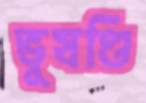
ভূষণ্ডি